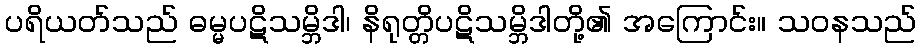
ပရိယတ်သည် ဓမ္မပဋိသမ္ဘိဒါ၊ နိရုတ္တိပဋိသမ္ဘိဒါတို့၏ အကြောင်း။ သဝနသည်